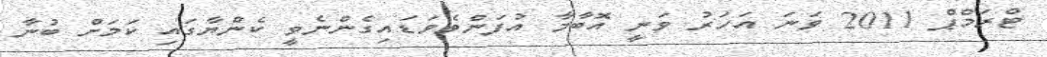
ޓްރަމްޕް 2011 ވަނަ އަހަރު ވަނީ އޮބާމާ އުފަންވެވަޑައިގެންނެވީ ކެންޔާގައި ކަމަށް ބުނާ